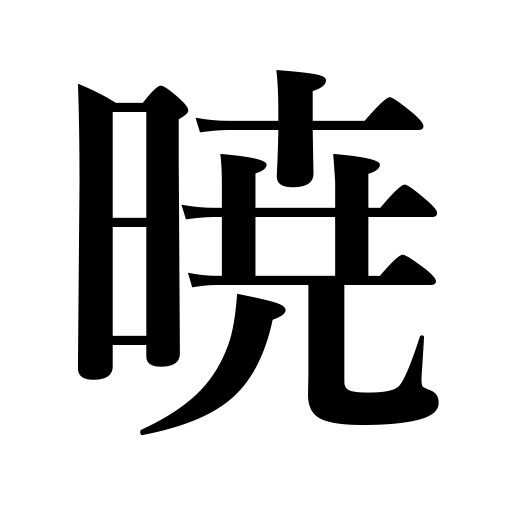
Meanings: dawn,in the event of,daybrake